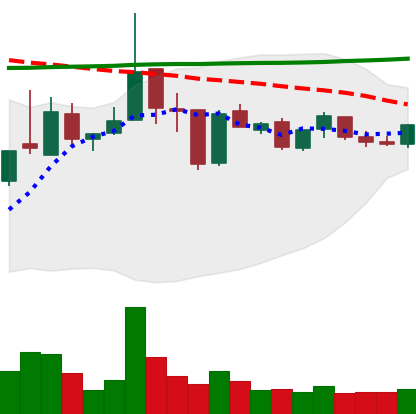
Ticker: XRP-USD
Chart end date: 2019-01-06
Forward return: -9.634%
Label: down_7plus